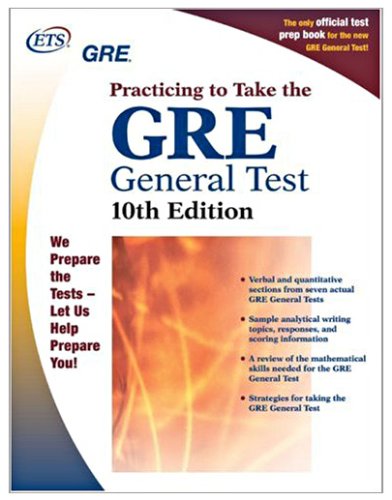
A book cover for GRE: Practicing to Take the General Test 10th Edition (Practicing to Take the Gre General Test); Educational Testing Service; Test Preparation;